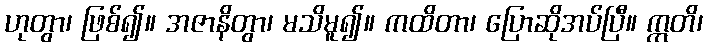
ဟုတွာ၊ ဖြစ်၍။ အဇာနိတွာ၊ မသိမူ၍။ ကထိတာ၊ ပြောဆိုအပ်ပြီ။ ဣတိ၊